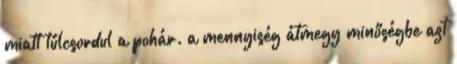
miatt túlcsordul a pohár. a mennyiség átmegy minőségbe azt